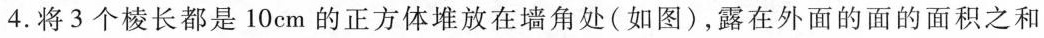
4.将3个棱长都是10cm的正方体堆放在墙角处(如图)，露在外面的面的面积之和